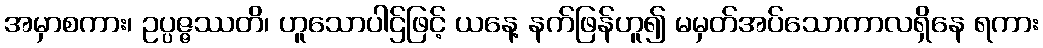
အမှာစကား၊ ဥပ္ပဇ္ဇဿတိ၊ ဟူသောပါဌ်ဖြင့် ယနေ့ နက်ဖြန်ဟူ၍ မမှတ်အပ်သောကာလရှိနေ ရကား